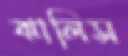
ঝালিস